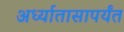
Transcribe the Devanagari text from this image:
अर्ध्यातासापर्यंत